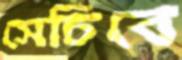
সেচিবে